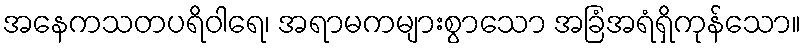
အနေကသတပရိဝါရေ၊ အရာမကများစွာသော အခြံအရံရှိကုန်သော။